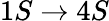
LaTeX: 1S\rightarrow 4S